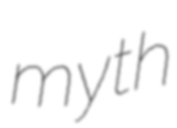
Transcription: myth